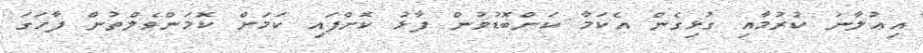
އިޢުލާނު ކުރުމާއި ގުޅިގެން އެކަމާ ކަންބޮޑުވުން ފާޅު ކޮށްފައި ކަމަށް ކޮމަންވެލްތުން ފާހަގަ